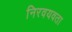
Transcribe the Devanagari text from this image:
निरवयवता